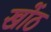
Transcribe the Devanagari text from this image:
खोंठ